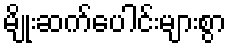
မျိုးဆက်ပေါင်းများစွာ